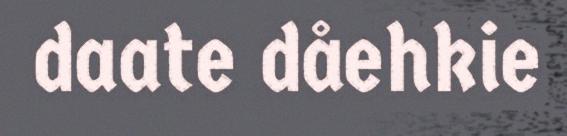
daate dåehkie